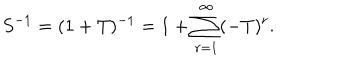
LaTeX: S ^ { - 1 } = ( 1 + T ) ^ { - 1 } = 1 + \sum _ { r = 1 } ^ { \infty } ( - T ) ^ { r } .